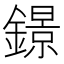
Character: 鐛